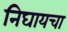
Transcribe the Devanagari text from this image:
निघायचा